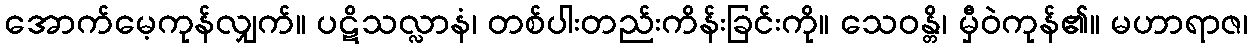
အောက်မေ့ကုန်လျှက်။ ပဋိသလ္လာနံ၊ တစ်ပါးတည်းကိန်းခြင်းကို။ သေဝန္တိ၊ မှီဝဲကုန်၏။ မဟာရာဇ၊